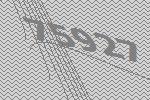
75927